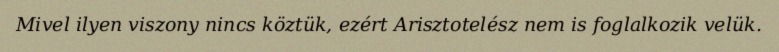
Mivel ilyen viszony nincs köztük, ezért Arisztotelész nem is foglalkozik velük.